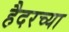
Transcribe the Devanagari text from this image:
हैदरच्या